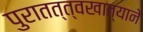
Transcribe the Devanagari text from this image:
पुरातत्त्वखात्याने